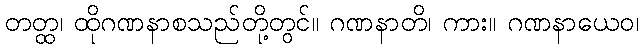
တတ္ထ၊ ထိုဂဏနာစသည်တို့တွင်။ ဂဏနာတိ၊ ကား။ ဂဏနာယေဝ၊